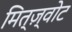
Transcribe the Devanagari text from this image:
मित्ज़्वोट